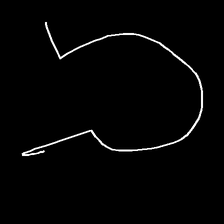
Glyph: weave